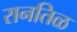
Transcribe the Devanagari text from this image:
रानतिळ